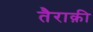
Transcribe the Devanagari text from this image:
तैराक़ी